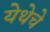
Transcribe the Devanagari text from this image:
येथेचे